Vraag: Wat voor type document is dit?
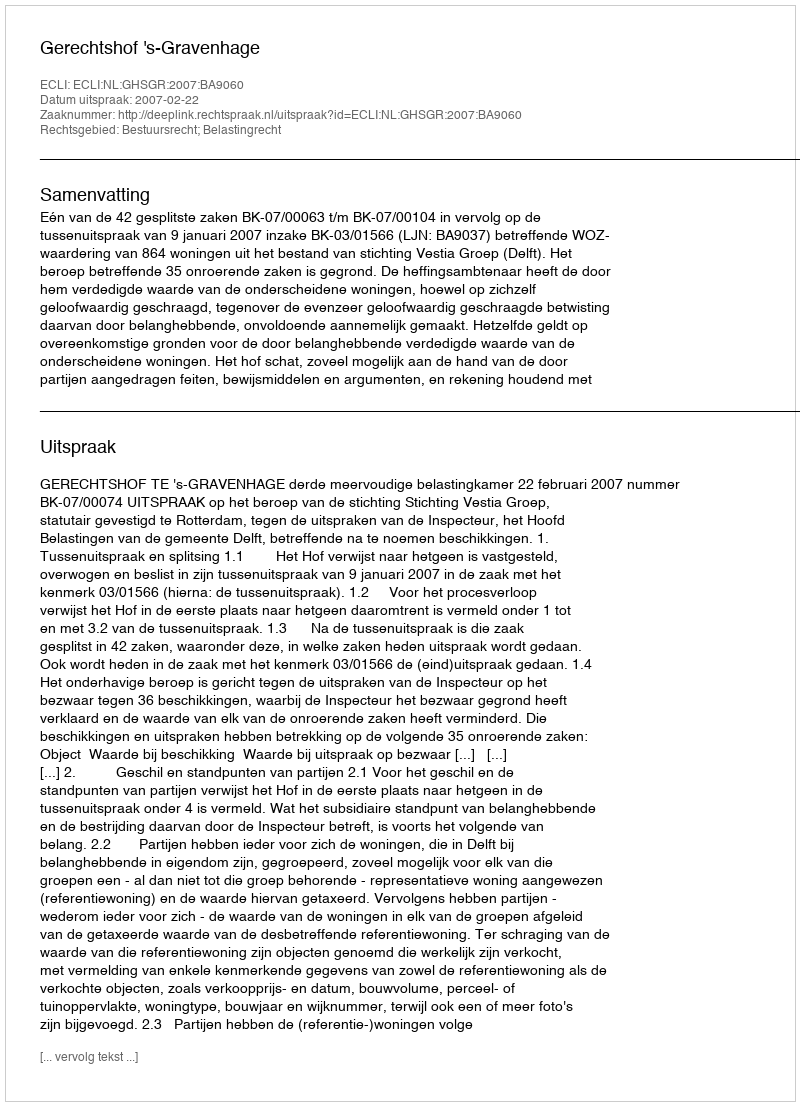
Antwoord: Uitspraak